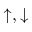
\uparrow , \downarrow